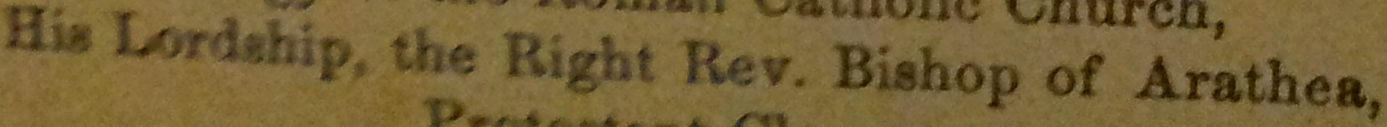
His Lordship. the Right Rev. Bishop of Arathea.